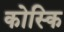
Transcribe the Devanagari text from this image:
कोस्कि